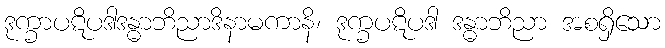
ဒုက္ခာပဋိပဒါဒန္ဓာဘိညာဒိနာမကာနိ၊ ဒုက္ခပဋိပဒါ ဒန္ဓာဘိညာ အစရှိသော